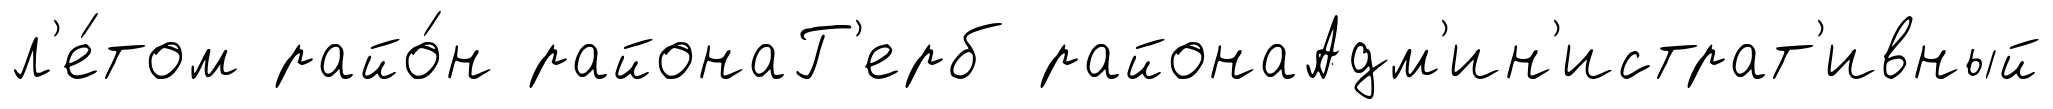
л'е́том райо́н районаГ'ерб районаАдм'ин'истрат'ивный